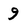
Character: 9